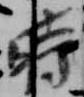
時